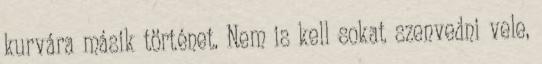
kurvára másik történet. Nem is kell sokat szenvedni vele,